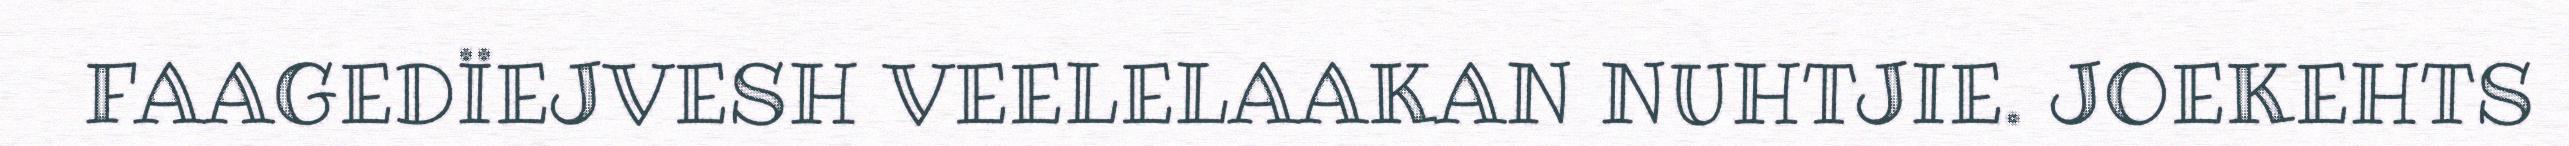
FAAGEDÏEJVESH VEELELAAKAN NUHTJIE. JOEKEHTS